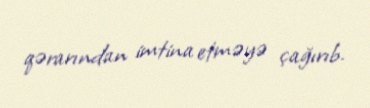
qərarından imtina etməyə çağırıb.